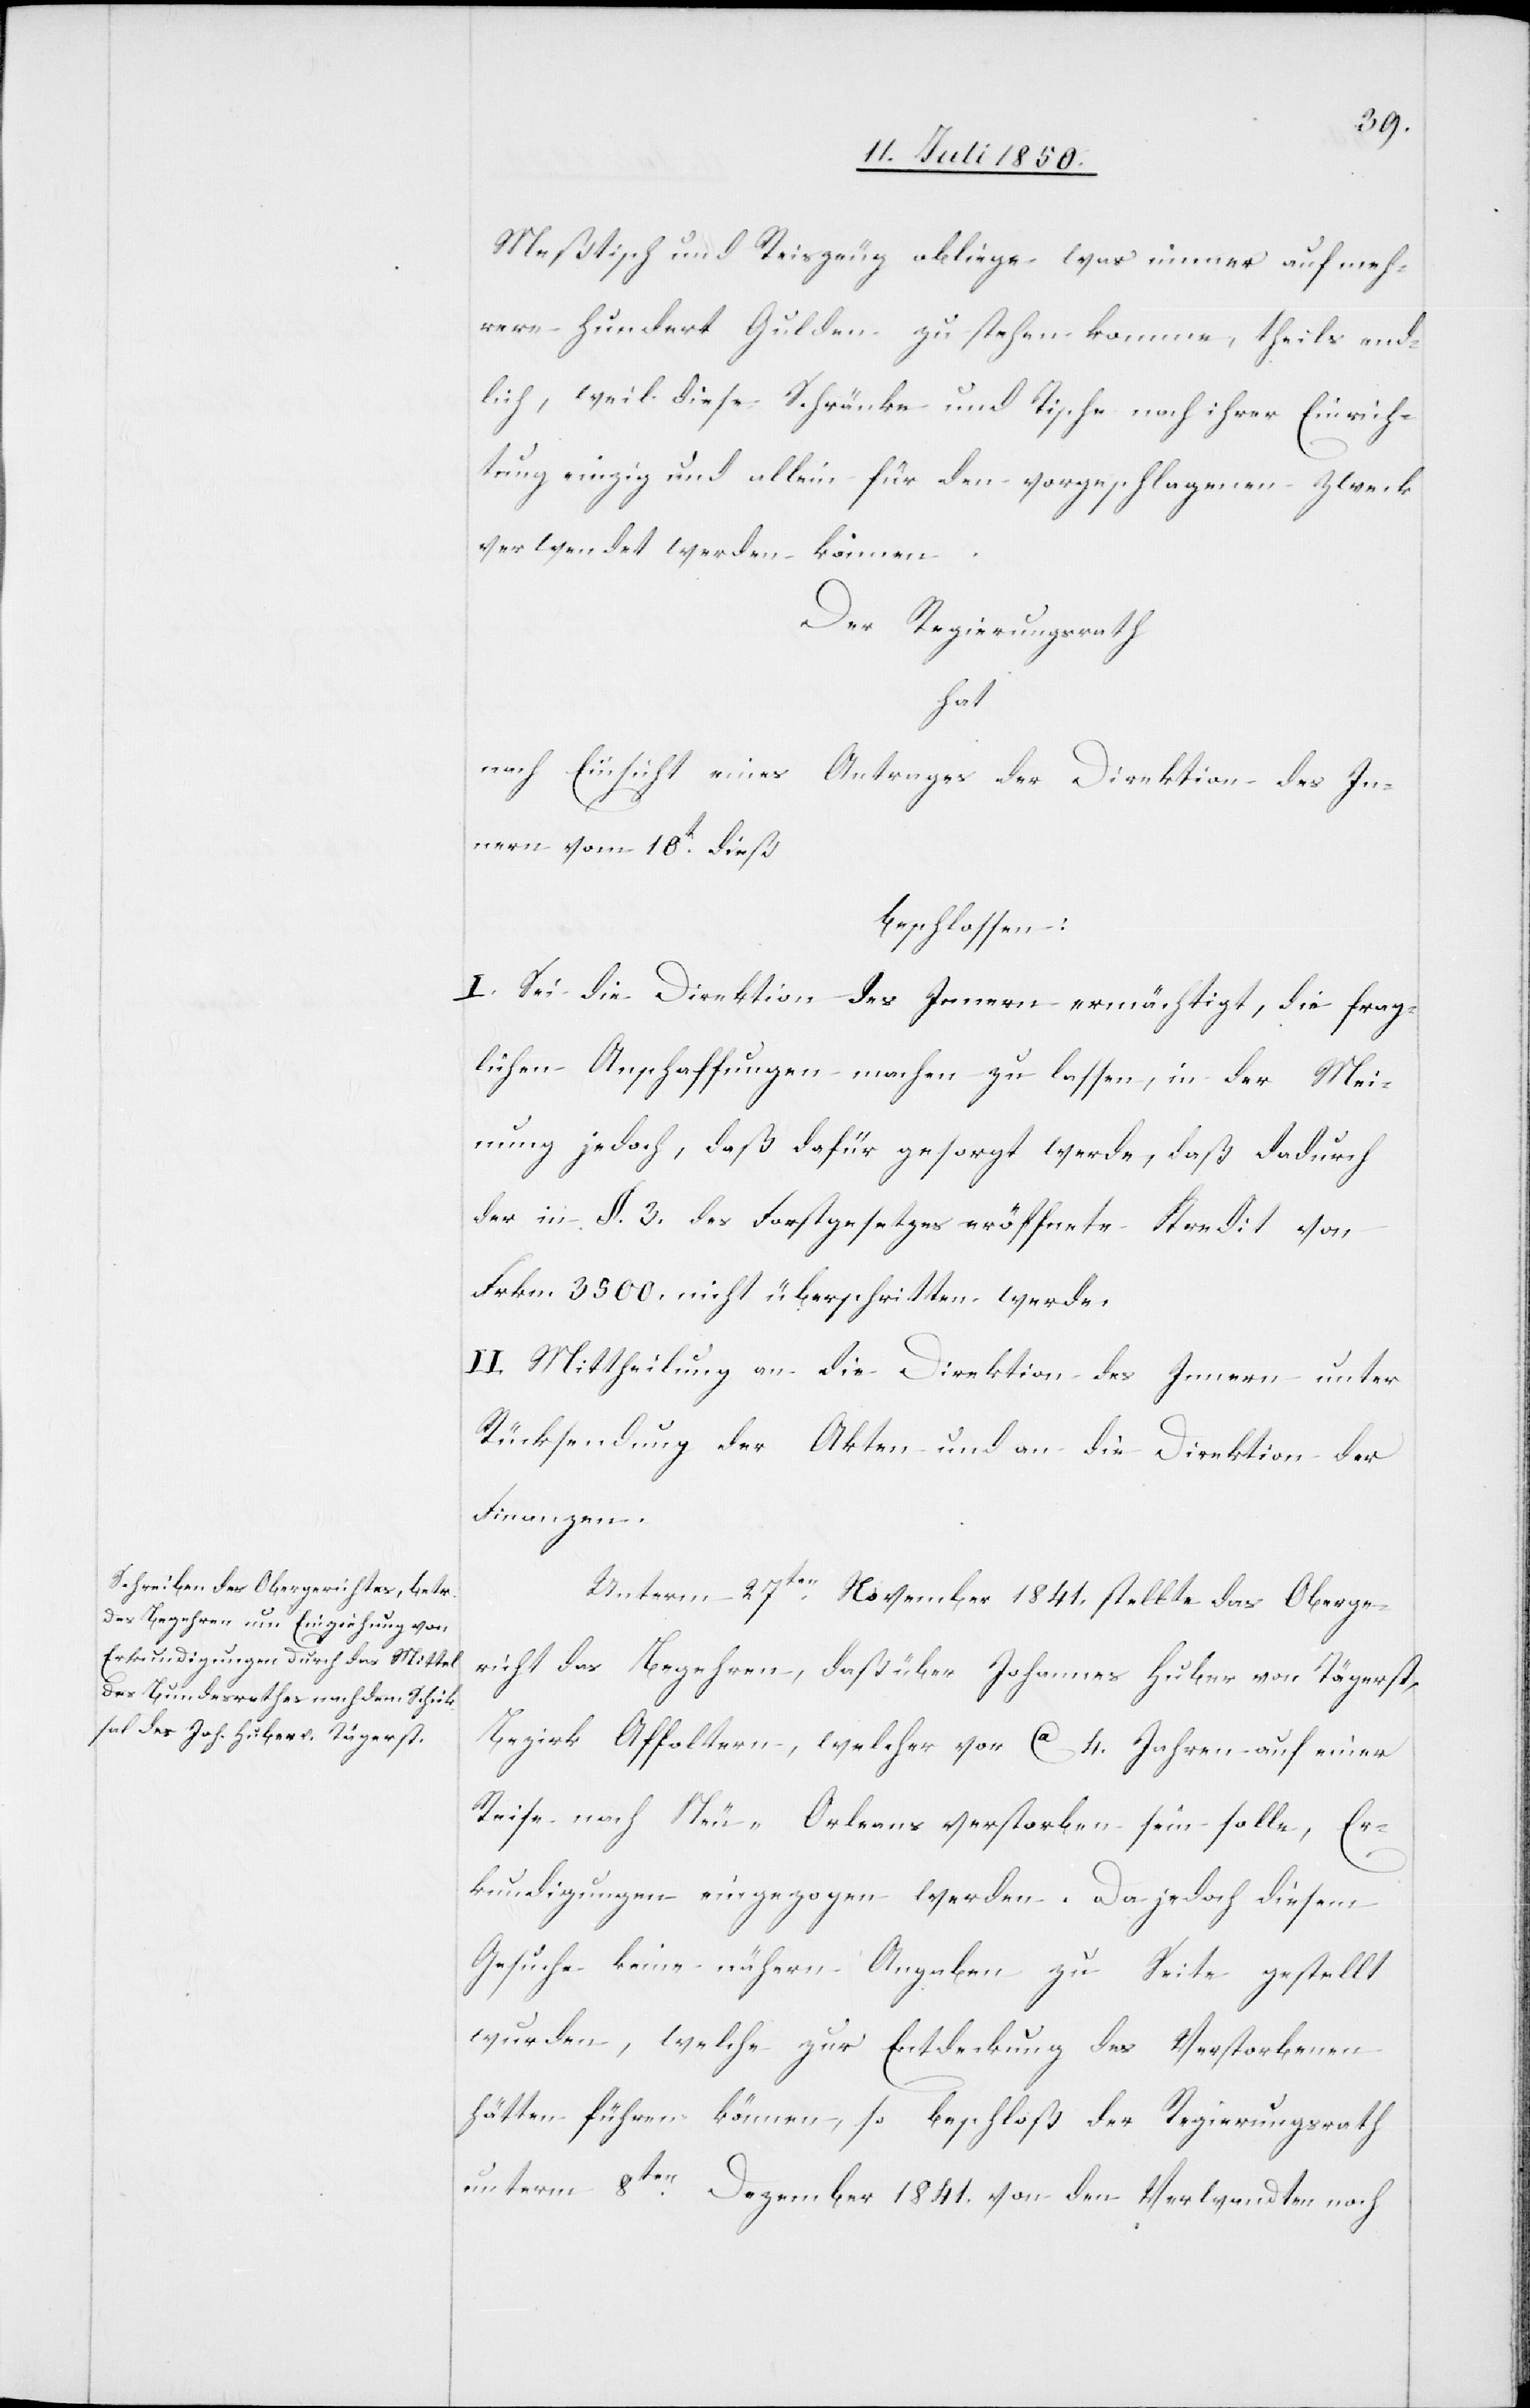
Meßtisch und Reiszeug obliege was immer auf meh¬
rern hundert Gulden zu stehen komme, theils end¬
lich, weil diese Schränke und Tische nach ihrer Einrich¬
tung einzig und allein für den vorgeschlagenen Zweck
verwendet werden können.
Der Regierungsrath
hat
nach Einsicht eines Antrages der Direktion des In¬
nern vom 10t dieß
beschlossen:
I. Sei die Direktion des Innern ermächtigt, die frag¬
lichen Anschaffungen machen zu lassen, in der Mei¬
nung jedoch, daß dafür gesorgt werde, daß dadurch
der in §. 3. des Forstgesetzes eröffnete Kredit von
Frkn. 3500. nicht überschritten werde.
II. Mittheilung an die Direktion des Innern unter
Rücksendung der Akten und an die Direktion der
Finanzen.
Unterm 27ten November 1841. stellte das Oberge¬
richt das Begehren, daß über Johannes Huber von Tägerst,
Bezirk Affoltern, welcher vor Ca 4. Jahren auf einer
Reise nach Neu-Orleans verstorben sein solle, Er¬
kundigungen eingezogen werden. Da jedoch diesem
Gesuche keine nähern Angaben zu Seite gestellt
wurden, welche zur Entdeckung des Verstorbenen
hätten führen können, so beschloß der Regierungsrath
unterm 8ten Dezember 1841. von den Verwandten noch